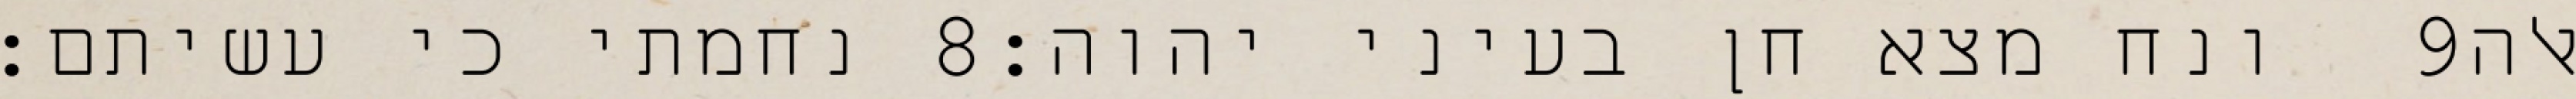
נחמתי כי עשיתם׃ ‎8‏ ונח מצא חן בעיני יהוה׃ ‎9‏ אלה